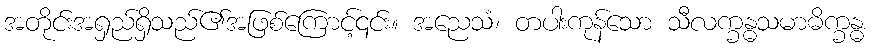
အတိုင်းအရှည်ရှိသည်၏အဖြစ်ကြောင့်၎င်း။ အညေသံ၊ တပါးကုန်သော သီလက္ခန္ဓသမာဓိက္ခန္ဓ